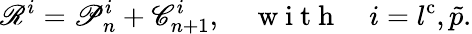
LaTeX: \mathscr{R}^{i}=\mathscr{P}_{n}^{i}+\mathscr{C}_{n+1}^{i},\quad\mathrm{~w~i~t~h~}\quad i=l^{\mathrm{c}},\tilde{p}.